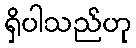
ရှိပါသည်ဟု